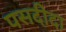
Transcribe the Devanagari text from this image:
पसदीदा